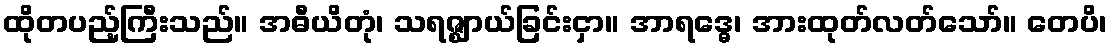
ထိုတပည့်ကြီးသည်။ အဓီယိတုံ၊ သရဇ္ဈာယ်ခြင်းငှာ။ အာရဒ္ဓေ၊ အားထုတ်လတ်သော်။ တေပိ၊